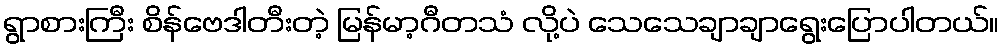
ရွာစားကြီး စိန်ဗေဒါတီးတဲ့ မြန်မာ့ဂီတသံ လို့ပဲ သေသေချာချာရွေးပြောပါတယ်။